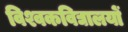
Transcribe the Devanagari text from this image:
विश्वकविद्यालयों